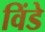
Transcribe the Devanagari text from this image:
विंडे